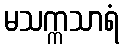
မသက္ကသာရံ